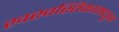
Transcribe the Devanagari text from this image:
खस्वस्तिकामधून